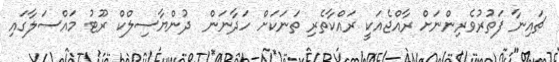
ޗައިނާ ފަތުރުވެރިންނަށް ރާއްޖެއަކީ ރައްކާތެރި ތަނަކަށް ހަދާނަން  ދުންޔާސިލްކް ރޫޓު މައްސަލާގައި